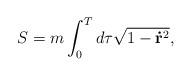
LaTeX: \begin{align*}S=m\int_0^Td\tau \sqrt{1-\mathbf{\dot{r}}^2}, \end{align*}